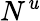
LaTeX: N^{\mathit{u}}